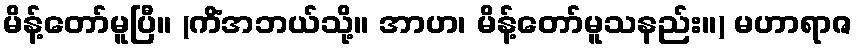
မိန့်တော်မူပြီ။ (ကိံအဘယ်သို့။ အာဟ၊ မိန့်တော်မူသနည်း။) မဟာရာဇ